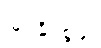
မြင်နိုင်စွမ်း